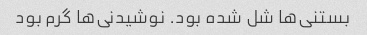
بستنی‌ها شل شده بود. نوشیدنی‌ها گرم بود